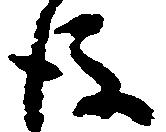
後